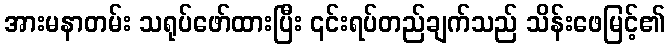
အားမနာတမ်း သရုပ်ဖော်ထားပြီး ၎င်းရပ်တည်ချက်သည် သိန်းဖေမြင့်၏